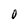
Character: O